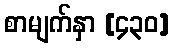
စာမျက်နှာ [၄၃၀]